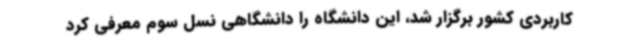
کاربردی کشور برگزار شد، این دانشگاه را دانشگاهی نسل سوم معرفی کرد